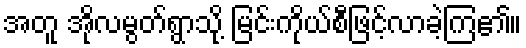
အတူ အိုလမွတ်ရွာသို့ မြင်းကိုယ်စီဖြင့်လာခဲ့ကြ၏။